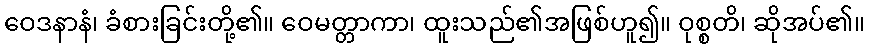
ဝေဒနာနံ၊ ခံစားခြင်းတို့၏။ ဝေမတ္တာကာ၊ ထူးသည်၏အဖြစ်ဟူ၍။ ဝုစ္စတိ၊ ဆိုအပ်၏။